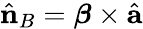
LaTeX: \hat{{\mathbf n}}_{B}={\boldsymbol\beta}\times\hat{{\mathbf a}}